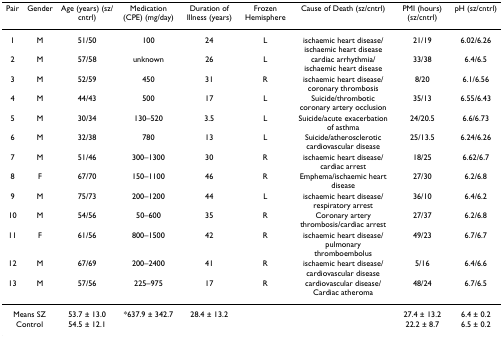
| Pair | Gender | Age (years) (sz/cntrl) | Medication (CPE) (mg/day) | Duration of Illness (years) | Frozen Hemisphere | Cause of Death (sz/cntrl) | PMI (hours) (sz/cntrl) | pH (sz/cntrl) |
 | --- | --- | --- | --- | --- | --- | --- | --- | --- |
 | 1 | M | 51/50 | 100 | 24 | L | ischaemic heart disease/ischaemic heart disease | 21/19 | 6.02/6.26 |
 | 2 | M | 57/58 | unknown | 26 | L | cardiac arrhythmia/ischaemic heart disease | 33/38 | 6.4/6.5 |
 | 3 | M | 52/59 | 450 | 31 | R | ischaemic heart disease/coronary thrombosis | 8/20 | 6.1/6.56 |
 | 4 | M | 44/43 | 500 | 17 | L | Suicide/thrombotic coronary artery occlusion | 35/13 | 6.55/6.43 |
 | 5 | M | 30/34 | 130–520 | 3.5 | L | Suicide/acute exacerbation of asthma | 24/20.5 | 6.6/6.73 |
 | 6 | M | 32/38 | 780 | 13 | L | Suicide/atherosclerotic cardiovascular disease | 25/13.5 | 6.24/6.26 |
 | 7 | M | 51/46 | 300–1300 | 30 | R | ischaemic heart disease/cardiac arrest | 18/25 | 6.62/6.7 |
 | 8 | F | 67/70 | 150–1100 | 46 | R | Emphema/ischaemic heart disease | 27/30 | 6.2/6.8 |
 | 9 | M | 75/73 | 200–1200 | 44 | L | ischaemic heart disease/respiratory arrest | 36/10 | 6.4/6.2 |
 | 10 | M | 54/56 | 50–600 | 35 | R | Coronary artery thrombosis/cardiac arrest | 27/37 | 6.2/6.8 |
 | 11 | F | 61/56 | 800–1500 | 42 | R | ischaemic heart disease/pulmonary thromboembolus | 49/23 | 6.7/6.7 |
 | 12 | M | 67/69 | 200–2400 | 41 | R | ischaemic heart disease/cardiovascular disease | 5/16 | 6.4/6.6 |
 | 13 | M | 57/56 | 225–975 | 17 | R | cardiovascular disease/Cardiac atheroma | 48/24 | 6.7/6.5 |
 | <COLSPAN=2> Means SZ Control | 53.7 ± 13.054.5 ± 12.1 | *637.9 ± 342.7 | 28.4 ± 13.2 |  |  | 27.4 ± 13.222.2 ± 8.7 | 6.4 ± 0.26.5 ± 0.2 |